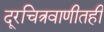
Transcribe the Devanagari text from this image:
दूरचित्रवाणीतही